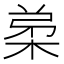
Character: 𭪗